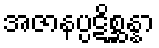
အဇာနပ္ပဋိစ္ဆန္နာ